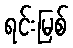
ရင်းမြစ်